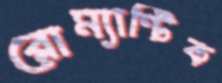
রোম্যান্টিক